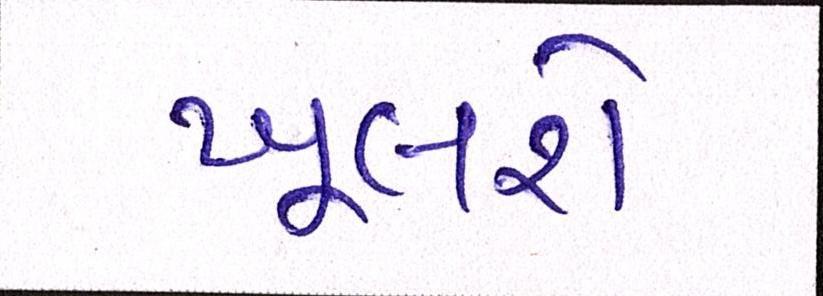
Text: ખૂલશે